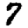
Digit: 7